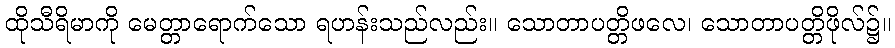
ထိုသီရိမာကို မေတ္တာရောက်သော ရဟန်းသည်လည်း။ သောတာပတ္တိဖလေ၊ သောတာပတ္တိဖိုလ်၌။